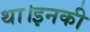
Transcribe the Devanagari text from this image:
था।इनकी